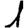
Digit: 1